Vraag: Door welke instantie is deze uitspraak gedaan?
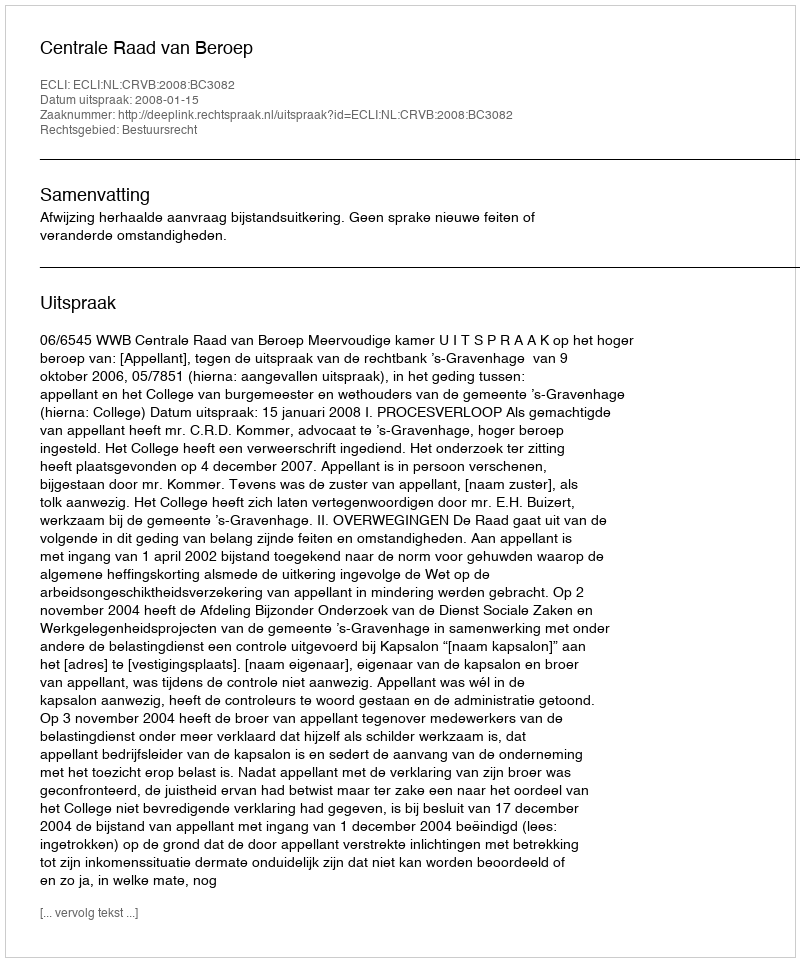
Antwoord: Centrale Raad van Beroep